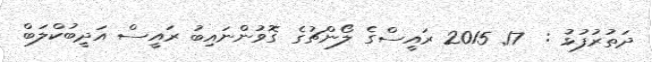
ދަތުރުފުޅު :  17